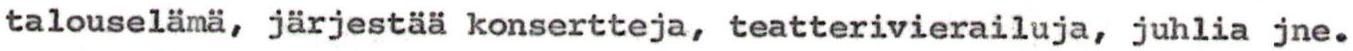
talouselämä, järjestää konsertteja, teatterivierailuja, juhlia jne.